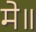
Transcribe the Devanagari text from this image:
मे॥